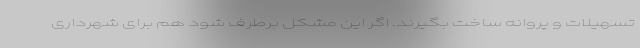
تسهیلات و پروانه ساخت بگیرند. اگر این مشکل برطرف شود هم برای شهرداری